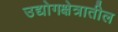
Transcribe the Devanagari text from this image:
उद्योगक्षेत्रातील